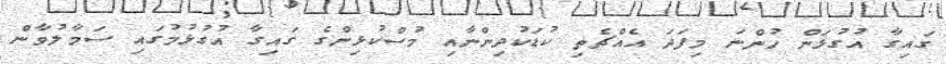
ގައިގާ އުގުޅަން ހުންނަ މިފަދަ އެއްޗެތި ކުޑަކުދިންނާއި މުސްކުޅިންގެ ގައިގާ އުގުޅުމުގައި ސަމާލުވާން